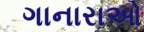
ગાનારાઓ